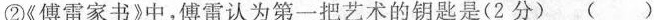
②《傅雷家书》中，傅雷认为第一把艺术的钥匙是(2分)( )